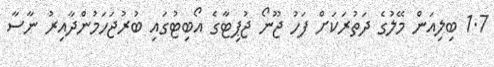
1.7 ބިލިއަން މޭލުގެ ދަތުރަކަށް ފަހު ޖޫނޯ ޖުޕިޓާގެ އޯބިޓުގައި ބުރުޖަހަމުންދާއިރު ނާސާ